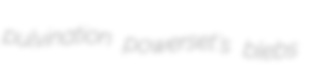
pulvination powerset's blebs